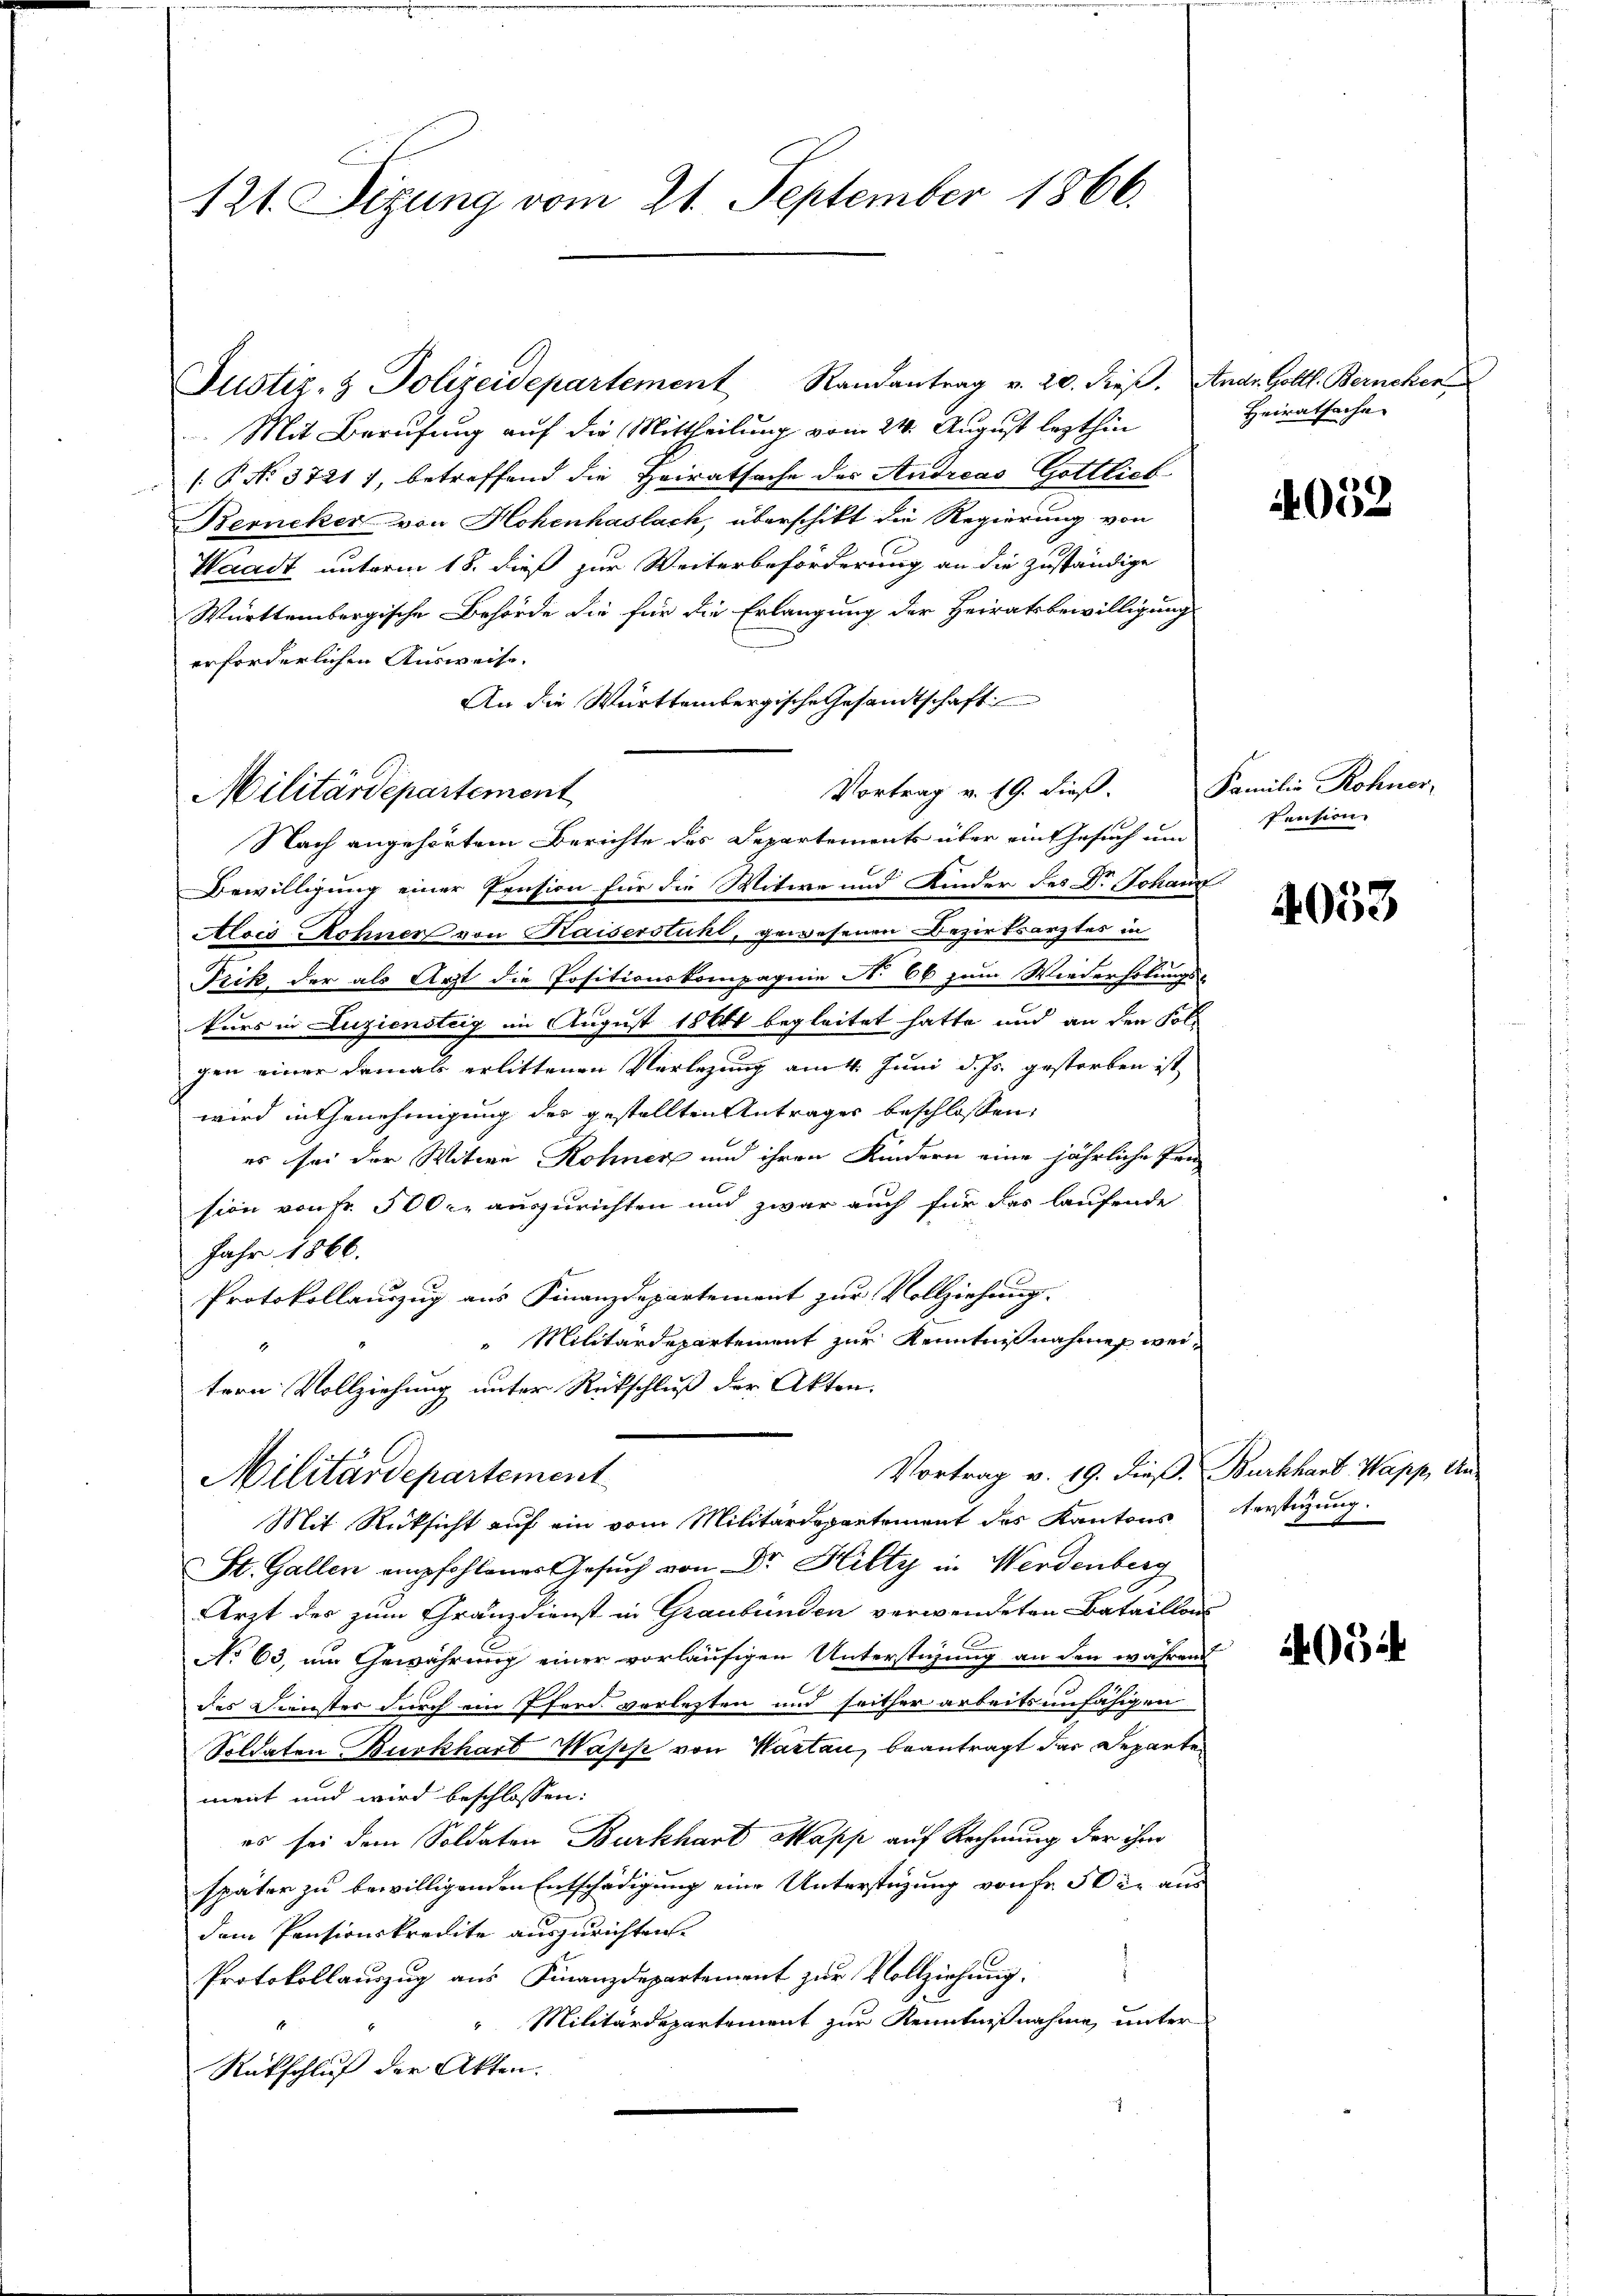
121. Sizung vom 21. September 1866.

Militärdepartement

Justiz- & Polizeidepartement Randantrag v. 20. dieß. Andr. Goltl. Bernehen
Mit Berufung auf die Mittheilung vom 21. August lezthin
P No. 37217, betreffend die Heiratsache des Andreas Gottlieb
Berneker von Hohenhaslach, überschikt die Regierung von
Waadt unterm 18. dieß zur Weiterbeförderung an die zuständige
Württembergische Behörde die für die Erlangung der Heiratsbewilligung
erforderlichen Ausweise.
An die Württembergische Gesandtschaft
Vortrag v. 19. dieß.
Nach angehörtem Berichte des Departements über ein Gesuch um
Bewilligung einer Pension für die Witwe und Kinder des Dr Johann
Alois Rohner von Kaiserstühl, gewesenen Bezirksarztes in
Pzik, der als Arzt die Positionskompagnie No 66 zum Wiederholungskurs in Luziensteig im August 1861 begleitet hatte und an den Folgen einer damals erlittenen Verlegung am 4. Juni d. Js. gestorben ist,
wird in Genehmigung des gestellten Antrages beschlossen,
es sei der Witwe Rohner und ihren Kindern eine jährliche Pen-
sion von Fr. 500 r. auszurichten und zwar auch für das laufende
Jahr 1866.
Protokollauszug aus Finanzdepartement zur Vollziehung.
"Militärdepartement zur Kenntnißnahmen wei¬
1
tern Vollziehung unter Rückschluß der Akten.

Militärdepartement
Mit Rücksicht auf ein vom Militärdepartement des Kantons erstüzung.

Vortrag v. 19. dieß. Burkhart Wapp, An-
St. Gallen empfohlenes Gesuch von Dr. Hilty in Werdenberg
Arzt der zum Gränzdienst in Graubünden verwendeten Bataillons
No 63, um Gewährung einer vorläufigen Unterstüzung an den während
das Dienster durch ein Pferd. vorlesten und seither arbeitsunfähigen
Soldaten Burkhart Wass von Wartau, beantragt das Departe
ment und wird beschlossen:
es sei dem Soldaten Burkhard Mapp auf Rechnung der ihm
später zu bewilligenden Entschädigung eine Unterstüzung von fr. 50 Xr aus
dem Pensionskredite auszurichten.
Protokollauszug aus Finanzdepartement zur Vollziehung.
 Militärdepartement zur Kenntnißnahme, unter
Rückschluß der Akten.

Heiratsache

4052

Familie Rohner,
Pension

4053

4052